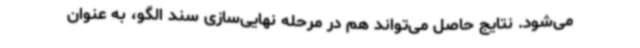
می‌شود. نتایج حاصل می‌تواند هم در مرحله نهایی‌سازی سند الگو، به عنوان